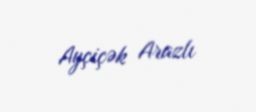
Ayçiçək Arazlı